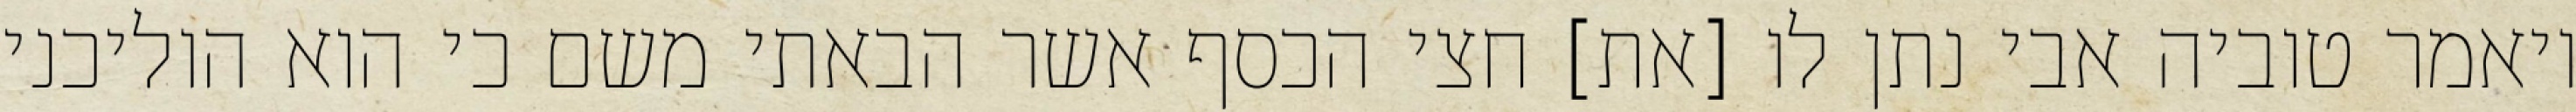
ויאמר טוביה אבי נתן לו [את] חצי הכסף אשר הבאתי משם כי הוא הוליכני